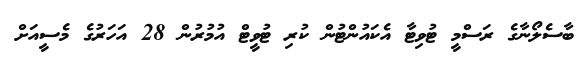
ބާސެލޯނާގެ ރަސްމީ ޓުވިޓާ އެކައުންޓުން ކުރި ޓުވީޓް އުމުރުން 28 އަހަރުގެ މެސީއަށް